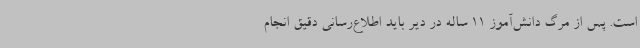
است. پس از مرگ دانش‌آموز 11 ساله در دیر باید اطلاع‌رسانی دقیق انجام